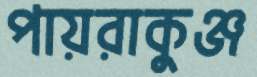
পায়রাকুঞ্জ